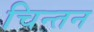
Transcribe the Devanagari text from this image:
चिन्‍तन